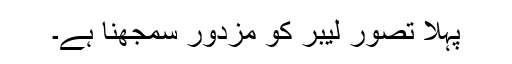
پہلا تصور لیبر کو مزدور سمجھنا ہے۔